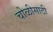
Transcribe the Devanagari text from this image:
चोळीसाठी